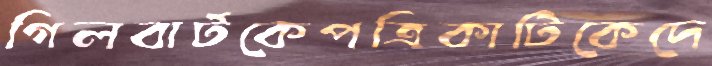
গিলবার্টকেপত্রিকাটিকেদে